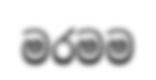
මරමම